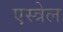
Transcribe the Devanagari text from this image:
एस्त्रेल